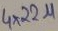
Text: 4x22µ